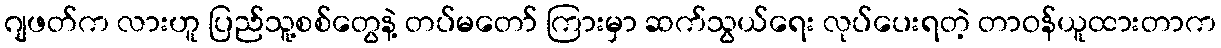
ဂျဖတ်က လားဟူ ပြည်သူ့စစ်တွေနဲ့ တပ်မတော် ကြားမှာ ဆက်သွယ်ရေး လုပ်ပေးရတဲ့ တာဝန်ယူထားတာက